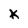
Character: K